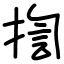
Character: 揈